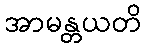
အာမန္တယတိ